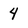
Character: 4